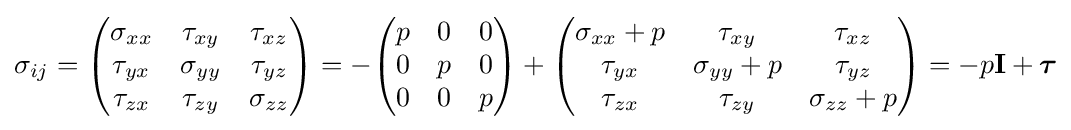
\sigma _{ij}={\begin{pmatrix}\sigma _{xx}&\tau _{xy}&\tau _{xz}\\\tau _{yx}&\sigma _{yy}&\tau _{yz}\\\tau _{zx}&\tau _{zy}&\sigma _{zz}\end{pmatrix}}=-{\begin{pmatrix}p&0&0\\0&p&0\\0&0&p\end{pmatrix}}+{\begin{pmatrix}\sigma _{xx}+p&\tau _{xy}&\tau _{xz}\\\tau _{yx}&\sigma _{yy}+p&\tau _{yz}\\\tau _{zx}&\tau _{zy}&\sigma _{zz}+p\end{pmatrix}}=-p\mathbf {I} +{\boldsymbol {\tau }}